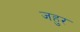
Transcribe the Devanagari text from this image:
जहुर